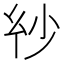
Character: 𢆽